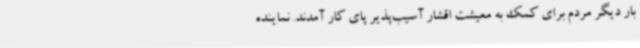
بار دیگر مردم برای کمک به معیشت اقشار آسیب‌پذیر پای کار آمدند. نماینده